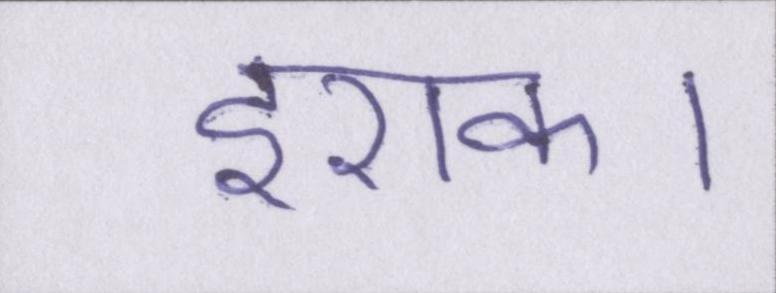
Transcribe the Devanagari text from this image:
इराक।